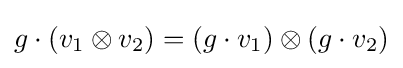
g\cdot (v_{1}\otimes v_{2})=(g\cdot v_{1})\otimes (g\cdot v_{2})